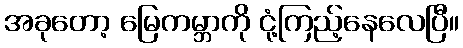
အခုတော့ မြေကမ္ဘာကို ငုံ့ကြည့်နေလေပြီ။